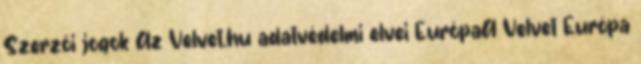
Szerzői jogok Az Velvet.hu adatvédelmi elvei EurópaA Velvet Európa